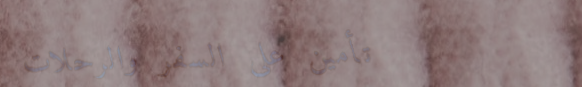
تأمين على السفر والرحلات